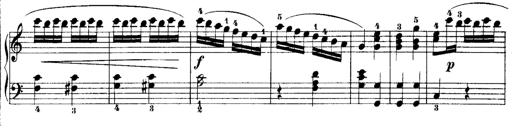
Title: Rondos and Sonatinas for Pianoforte
Composer: Daniel Steibelt